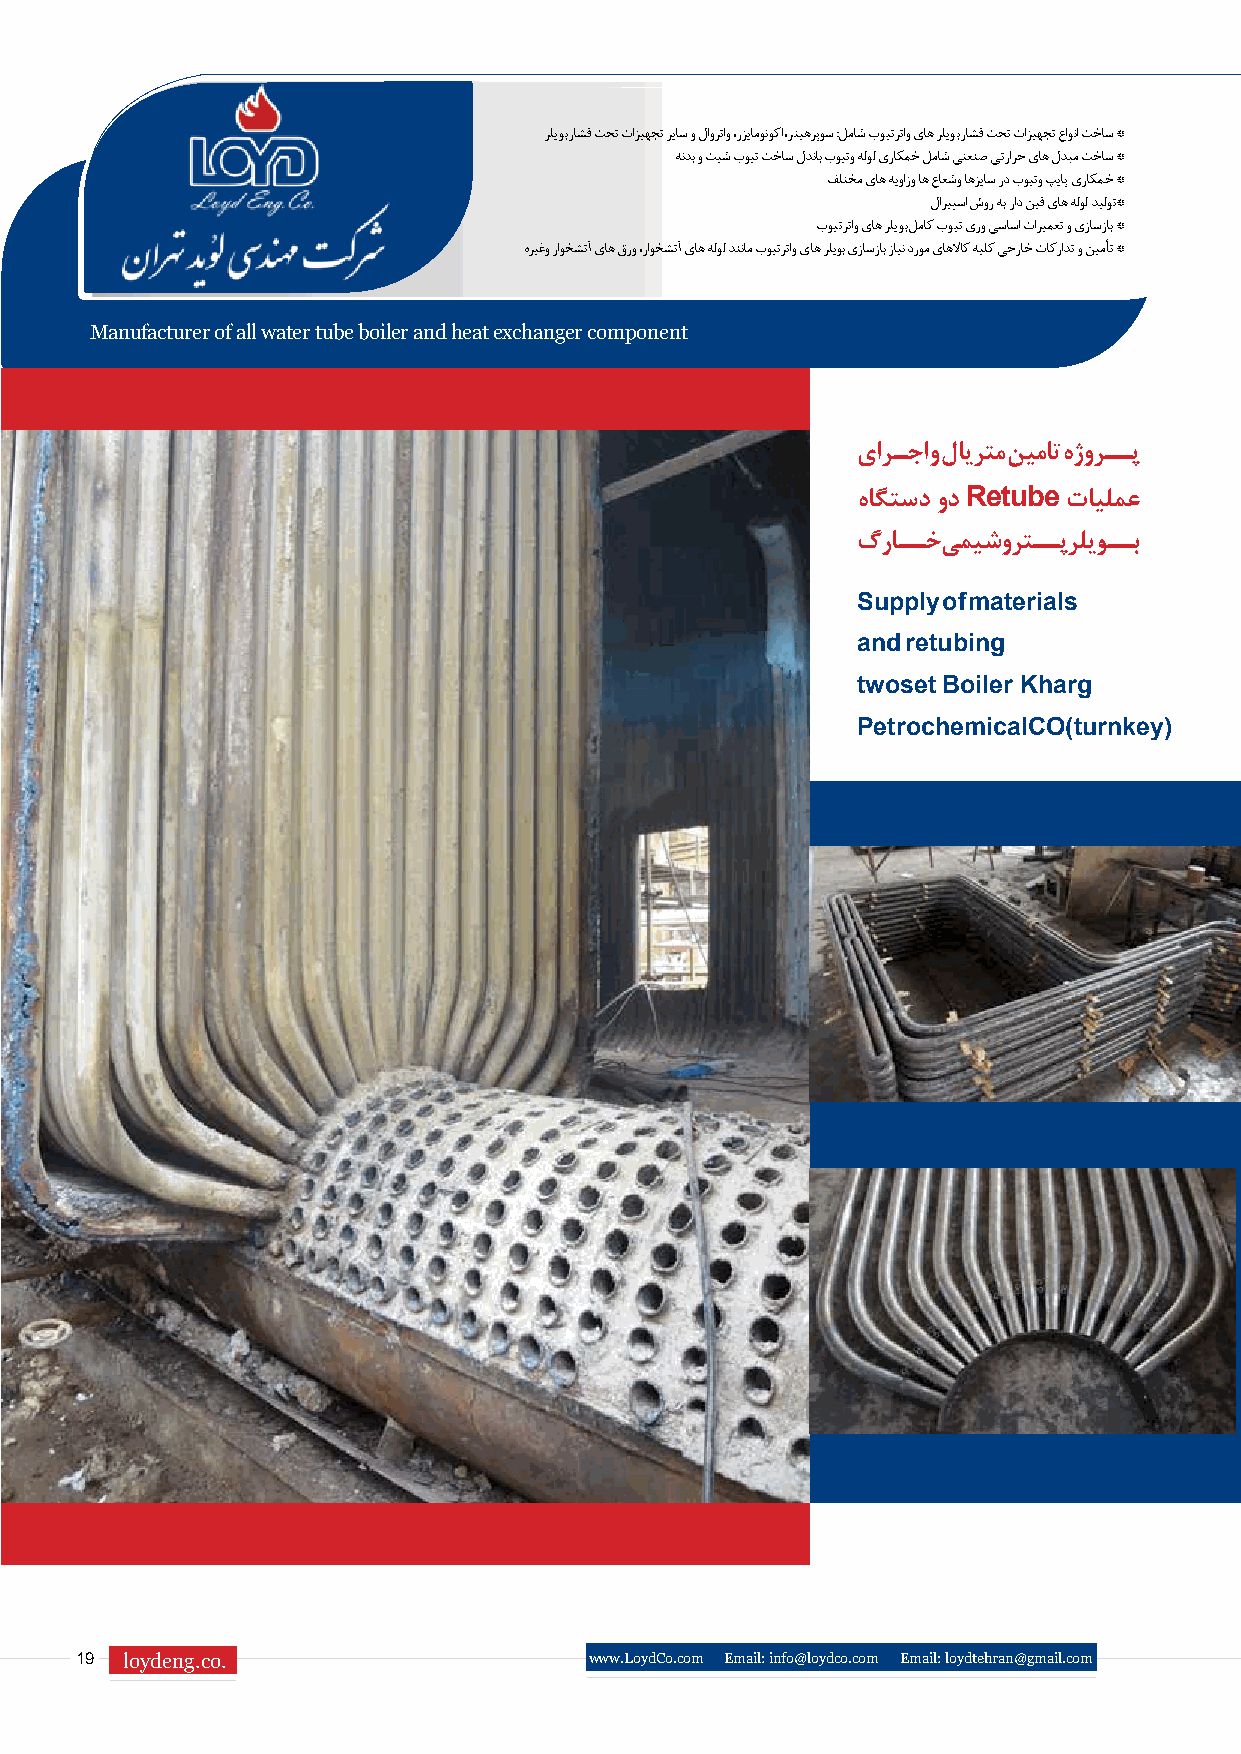
رلیوب راشف تحت تازیهجت ریاس و لاورتاو ،رزیامونوکا ،رتیهرپوس :لماش بویترتاو یاه رلیوب راشف تحت تازیهجت عاونا تخاس *
 هندب و تیش بویت تخاس لدناب بویتو هلول یراکمخ لماش یتعنص یترارح یاه لدبم تخاس *
 فلتخم یاه هیوازو اه عاعشو اهزیاس رد بویتو پیاپ یراکمخ *
 لاریپسا شور هب راد نیف یاه هلول دیلوت*
 بویترتاو یاه رلیوب لماک بویت یرو یساسا تاریمعت و یزاسزاب *
 هریغو راوخشتآ یاه قرو ،راوخشتآ یاه هلول دننام بویترتاو یاه رلیوب یزاسزاب زاین دروم یاهلااک هیلک یجراخ تاکرادت و نیمأت *
 Manufacturer of all water tube boiler and heat exchanger component
 یارـجا و لایرتم نیمات هژورــپ
 هاگتسد ود Retube تایلمع
 گراــخ یمیشورتــپ رلیوــب
 Supply of materials
 and retubing
 twoset Boiler Kharg
 PetrochemicalCO)turnkey(
 19 loydeng.co.                    www.LoydCo.com Email: info@loydco.com Email: loydtehran@gmail.com